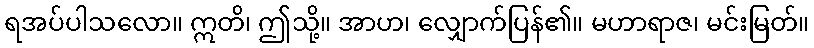
ရအပ်ပါသလော။ ဣတိ၊ ဤသို့။ အာဟ၊ လျှောက်ပြန်၏။ မဟာရာဇ၊ မင်းမြတ်။